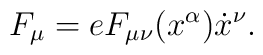
F_\mu=e F_{\mu\nu}(x^\alpha)\dot{x}^\nu .